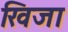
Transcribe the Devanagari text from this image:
खिजा